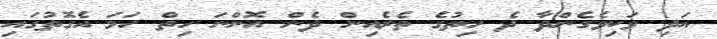
އަދި ވަކިވެގެންދާ ދެ ހިތުގެ ތެރެއިން ދެން އޮންނަ ހިތް ހަމަ އެގޮތުގައި